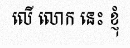
លើ លោក នេះ ខ្ញុំ